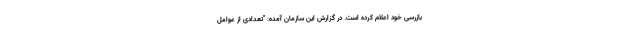
بازرسی خود اعلام کرده است. در گزارش این سازمان آمده: "تعدادی از عوامل